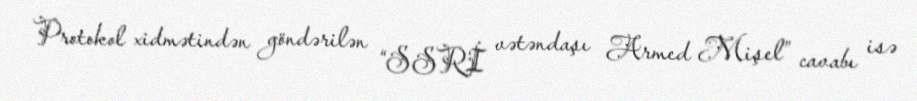
Protokol xidmətindən göndərilən “SSRİ vətəndaşı Armed Mişel” cavabı isə